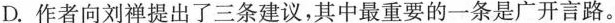
D.作者向刘禅提出了三条建议，其中最重要的一条是广开言路。